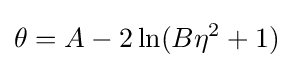
\theta =A-2\ln(B\eta ^{2}+1)